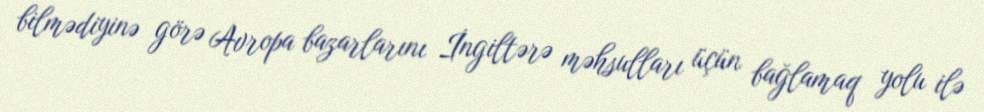
bilmədiyinə görə Avropa bazarlarını İngiltərə məhsulları üçün bağlamaq yolu ilə